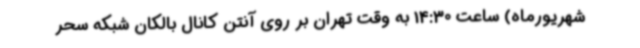
شهریورماه) ساعت 14:30 به وقت تهران بر روی آنتن کانال بالکان شبکه سحر